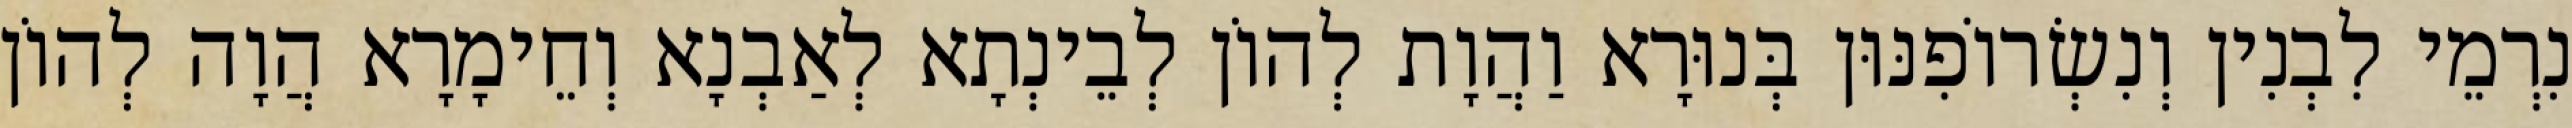
נִרְמֵי לִבְנִין וְנִשְׂרוֹפִנּוּן בְּנוּרָא וַהֲוָת לְהוֹן לְבֵינְתָא לְאַבְנָא וְחֵימָרָא הֲוָה לְהוֹן